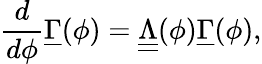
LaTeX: \frac{d}{d\phi}\underline{{\Gamma}}(\phi)=\underline{{\underline{{\Lambda}}}}(\phi)\underline{{\Gamma}}(\phi),